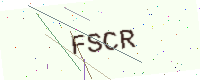
Text: FSCR